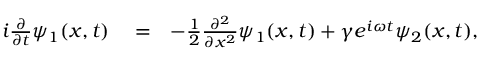
\begin{array} { r l r } { i \frac { \partial } { \partial t } \psi _ { 1 } ( x , t ) } & { { } = } & { - \frac { 1 } { 2 } \frac { \partial ^ { 2 } } { \partial x ^ { 2 } } \psi _ { 1 } ( x , t ) + \gamma e ^ { i \omega t } \psi _ { 2 } ( x , t ) , } \end{array}